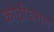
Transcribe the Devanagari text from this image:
कोठीघरात